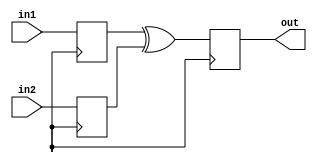
module xor_delay (
    input wire in1,
    input wire in2,
    output reg out
);

reg delayed_in1;
reg delayed_in2;

always @(posedge clk) begin
    delayed_in1 <= in1;
    delayed_in2 <= in2;
end

always @(posedge clk) begin
    out <= delayed_in1 ^ delayed_in2;
end

endmodule